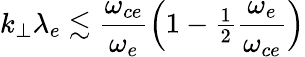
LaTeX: k_{\perp}\lambda_{e}\lesssim\frac{\omega_{ce}}{\omega_{e}}\Big(1-{\textstyle\frac{1}{2}}\frac{\omega_{e}}{\omega_{ce}}\Big)